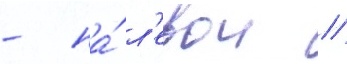
- на́ л'евои //